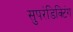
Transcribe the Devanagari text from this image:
सुपरंडिक्टिंग